Annual report of the Punjab Veterinary College and of the Civil Veterinary Department, Punjab - 1909-1919
Year: 1909
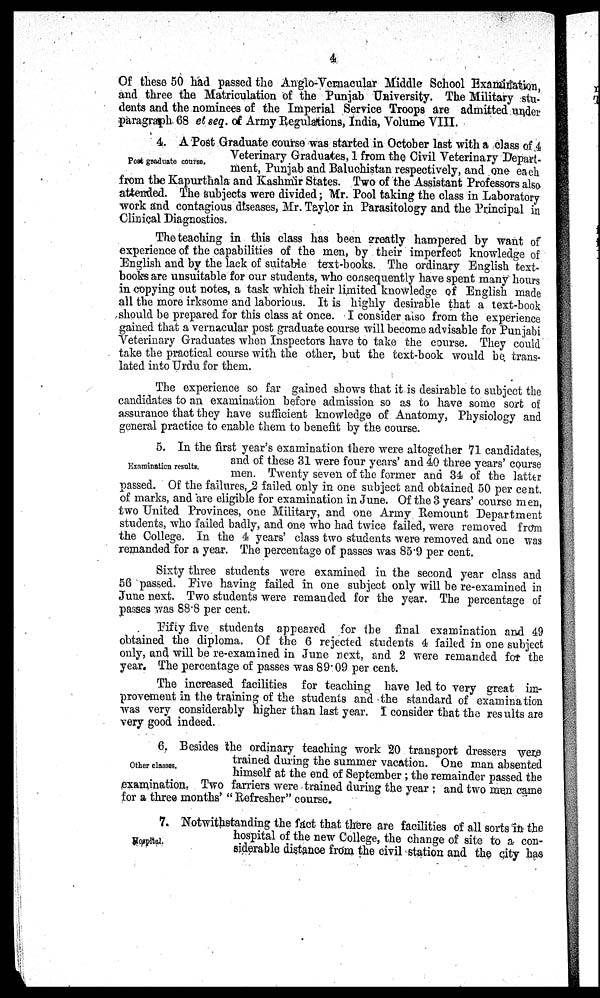
4
Of these 50 had passed the Anglo-Vernacular Middle School Examination,
and three the Matriculation of the Punjab University. The Military stu-
dents and the nominees of the Imperial Service Troops are admitted under
paragraph 68 et seq. of Army Regulations, India, Volume VIII.
Post graduate course.
4. A Post Graduate course was started in October last with a class of 4
Veterinary Graduates, 1 from the Civil Veterinary Depart-
ment, Punjab and Baluchistan respectively, and one each
from the Kapurthala and Kashmir States. Two of the Assistant Professors also
attended. The subjects were divided; Mr. Pool taking the class in Laboratory
work and contagious diseases, Mr. Taylor in Parasitology and the Principal in
Clinical Diagnostics.
The teaching in this class has been greatly hampered by want of
experience of the capabilities of the men, by their imperfect knowledge of
English and by the lack of suitable text-books. The ordinary English text-
books are unsuitable for our students, who consequently have spent many hours
in copying out notes, a task which their limited knowledge of English made
all the more irksome and laborious. It is highly desirable that a text-book
should be prepared for this class at once. I consider also from the experience
gained that a vernacular post graduate course will become advisable for Punjabi
Veterinary Graduates when Inspectors have to take the course. They could
take the practical course with the other, but the text-book would be trans-
lated into Urdu for them.
The experience so far gained shows that it is desirable to subject the
candidates to an examination before admission so as to have some sort of
assurance that they have sufficient knowledge of Anatomy, Physiology and
general practice to enable them to benefit by the course.
Examination results.
5. In the first year's examination there were altogether 71 candidates,
and of these 31 were four years' and 40 three years' course
men. Twenty seven of the former and 34 of the latter
passed. Of the failures, 2 failed only in one subject and obtained 50 per cent.
of marks, and are eligible for examination in June. Of the 3 years' course men,
two United Provinces, one Military, and one Army Remount Department
students, who failed badly, and one who had twice failed, were removed from
the College. In the 4 years' class two students were removed and one was
remanded for a year. The percentage of passes was 85.9 per cent.
Sixty three students were examined in the second year class and
56 passed. Five having failed in one subject only will be re-examined in
June next. Two students were remanded for the year. The percentage of
passes was 88.8 per cent.
Fifty five students appeared for the final examination and 49
obtained the diploma. Of the 6 rejected students 4 failed in one subject
only, and will be re-examined in June next, and 2 were remanded for the
year. The percentage of passes was 89.09 per cent.
The increased facilities for teaching have led to very great im-
provement in the training of the students and the standard of examination
was very considerably higher than last year. I consider that the results are
very good indeed.
Other classes
6. Besides the ordinary teaching work 20 transport dressers were
trained during the summer vacation. One man absented
himself at the end of September; the remainder passed the
examination, Two farriers were trained during the year; and two men came
for a three months' " Refresher" course.
Hospital.
7. Notwithstanding the fact that there are facilities of all sorts in the
hospital of the new College, the change of site to a con-
siderable distance from the civil station and the city has